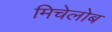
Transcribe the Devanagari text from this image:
मिचेलोब